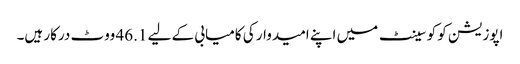
اپوزیشن کو کو سینٹ میں اپنے امیدوار کی کامیابی کے لیے 46.1 ووٹ درکار ہیں۔